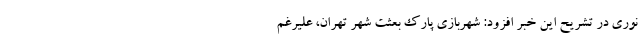
نوری در تشریح این خبر افزود: شهربازی پارک بعثت شهر تهران، علیرغم